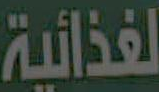
الغذائية